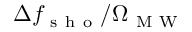
\Delta f _ { \mathrm { ~ s ~ h ~ o ~ } } / \Omega _ { \mathrm { ~ M ~ W ~ } }